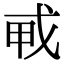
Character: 𢦦